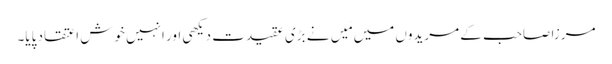
مرزا صاحب کے مریدوں میں مَیں نے بڑی عقیدت دیکھی اور انہیں خوش اعتقاد پایا۔